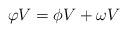
LaTeX: \begin{align*}\varphi V=\phi V+\omega V \end{align*}